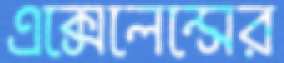
এক্সেলেন্সের